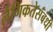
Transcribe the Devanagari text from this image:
लैंगिकतेसंबंधी